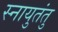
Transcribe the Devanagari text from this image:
स्नायुतंतु